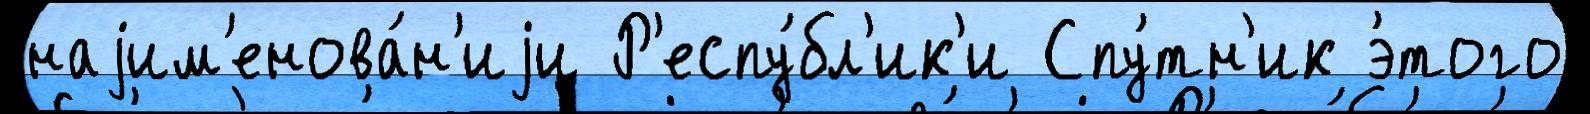
наjим'енова́н'иjи Р'еспу́бл'ик'и Спу́тн'ик э́того